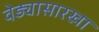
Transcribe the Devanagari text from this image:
वेड्यासारखा